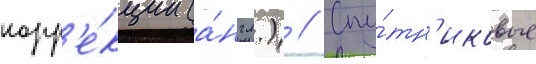
корр'е́кции (а́нгл.) // Спу́тн'иковые